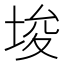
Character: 埈